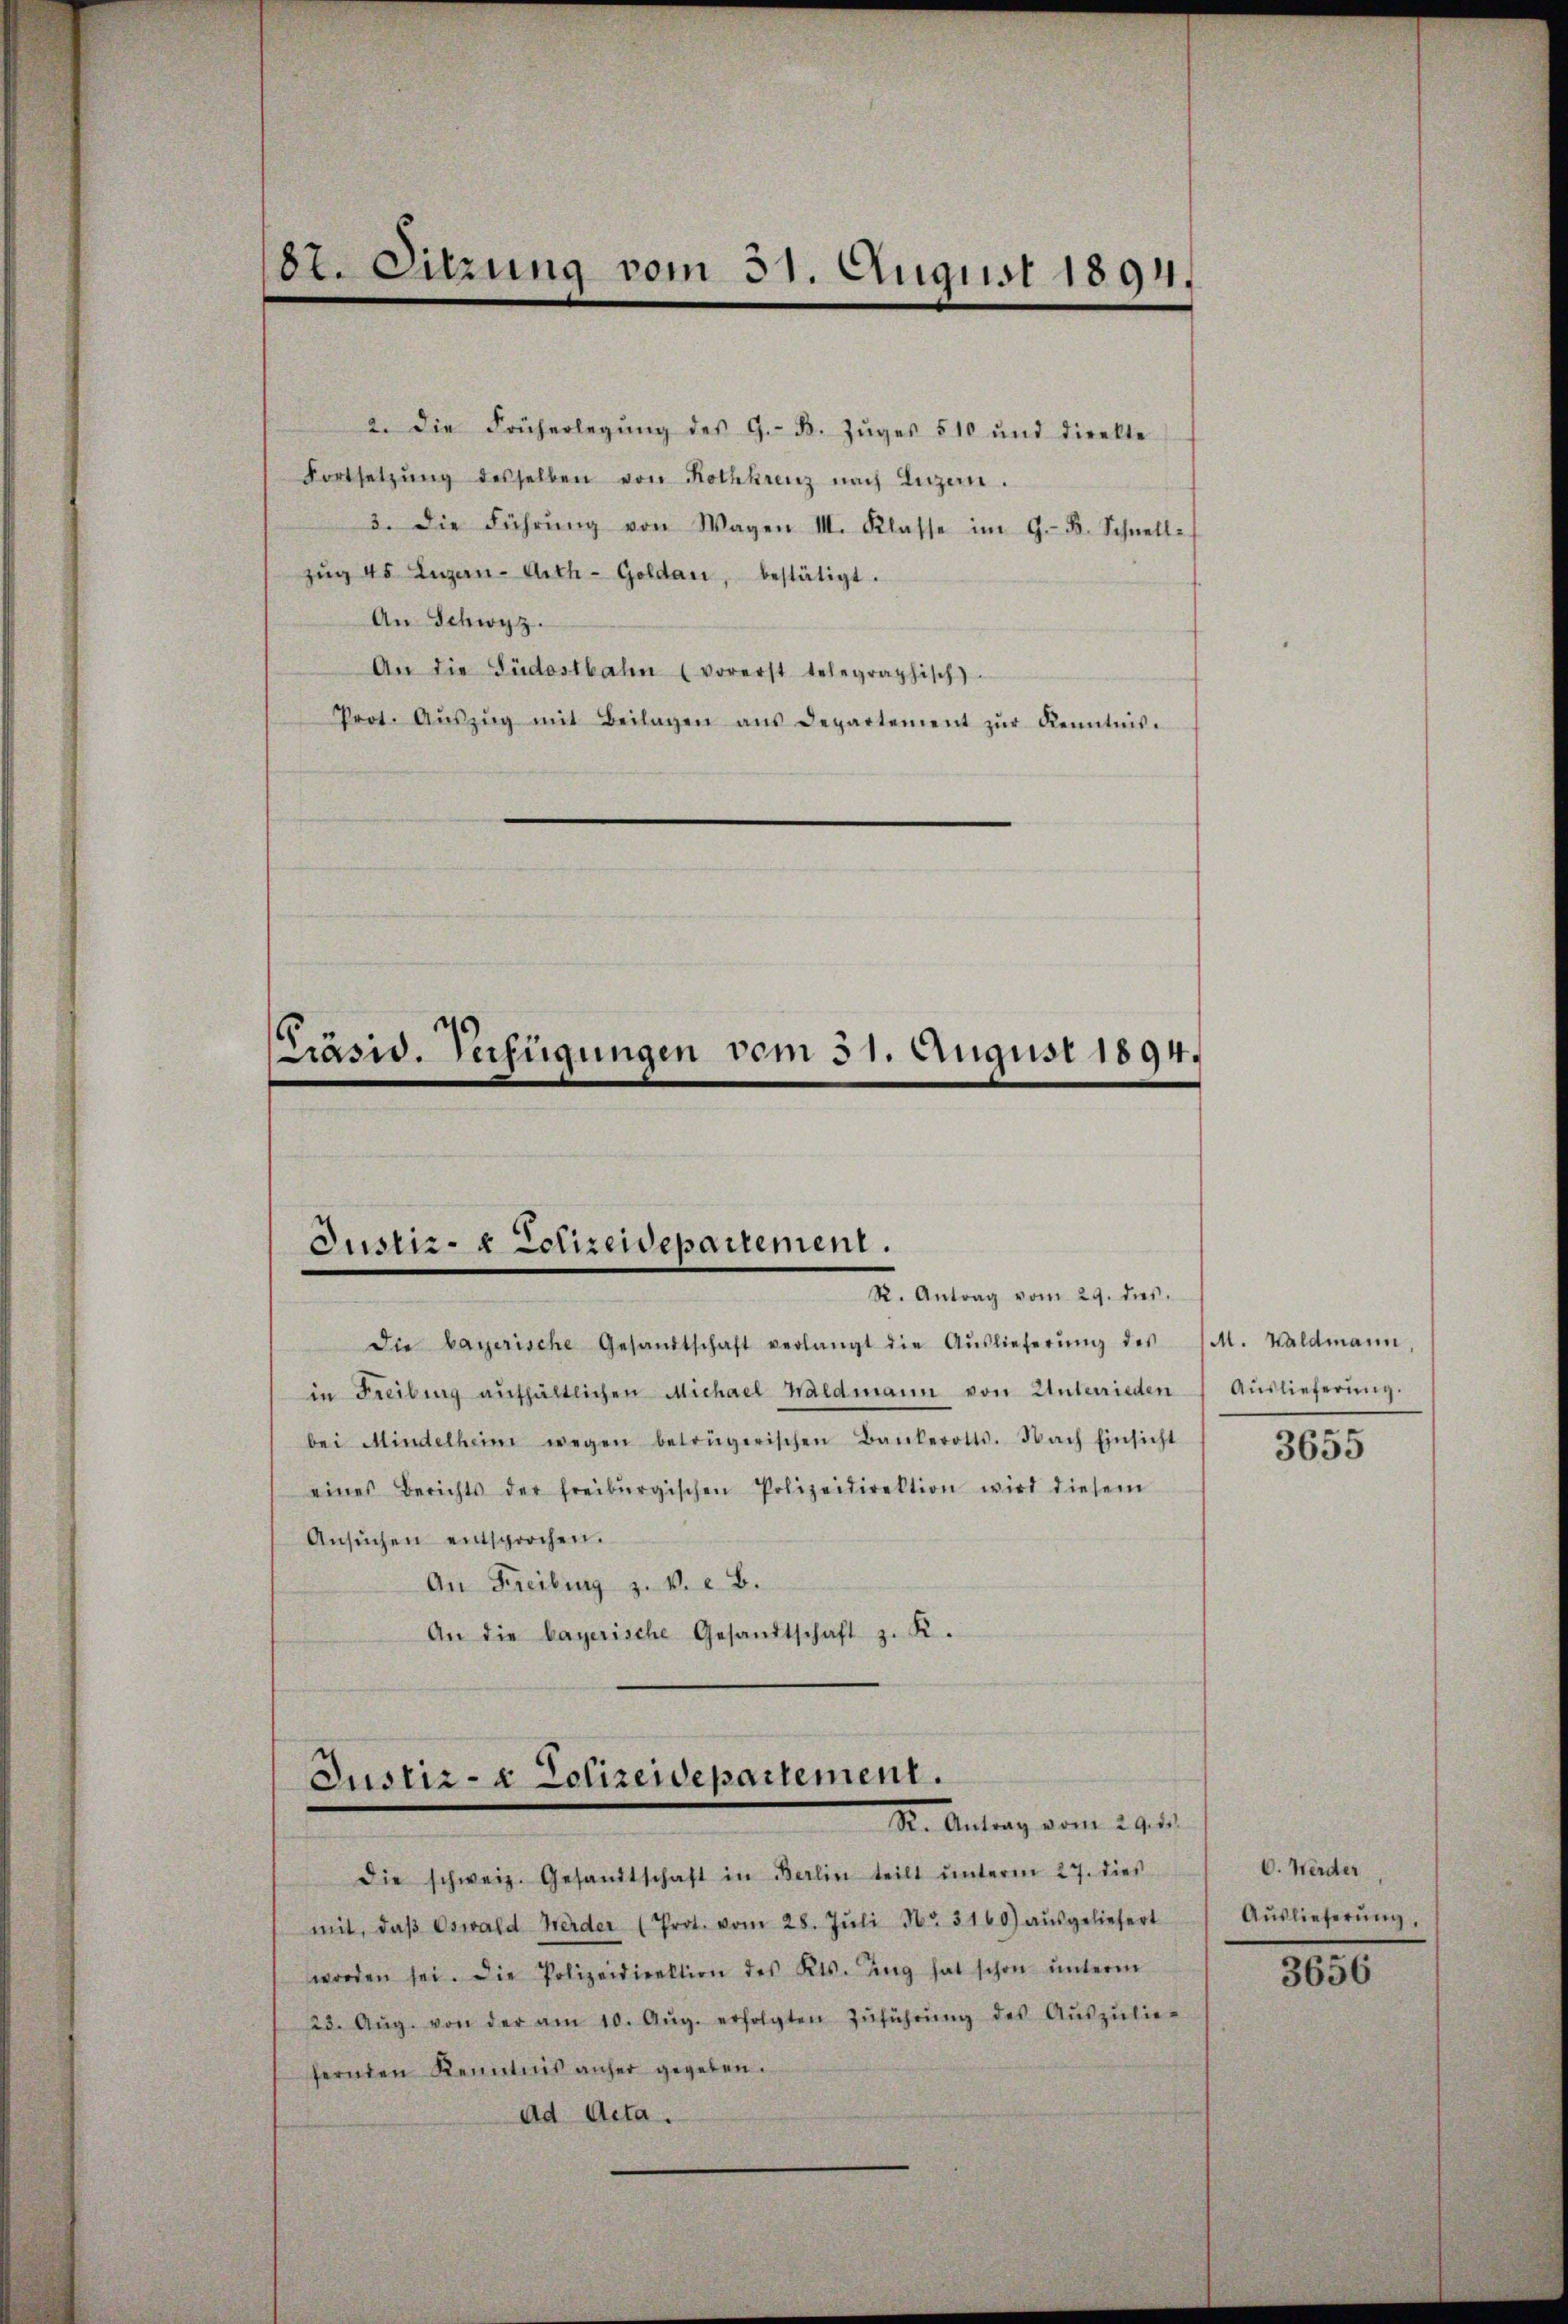
87. Sitzung vom 31. August 1894.

2. Die Früherlegŭng des G. B. Zŭger 510 und direkte
Fortsetzŭng desselben von Rothkrenz nach Luzern.
3. Die Führŭng von Wagen III. Klasse im G. B. Schnelle
zŭg 45 Eugen-Arth-Goldau, bestätigt.
An Schwyz.
An die Südostbahn (vorerst telegraphisch)
Prot. Aŭszŭg mit Beilagen ans Departement zŭr Kenntnis.

Präsid. Verfügungen vom 31. August 1894.

Justiz- & Polizeidepartement.

R. Antrag vom 29. des
die bayerische Gesandtschaft verlangt die Aŭslieferŭng des M. Waldmann,
in Freibung aufhältlichen Michael Waldmann von Unterrieden
bei Mindelheim wegen beträgerischen Bankerotts. Nach Einsicht
eines Berichts der freiburgischen Polizeidirektion wird diesem
Ansŭchen entsprochen.
An Freiburg z. v. a. b.
An die bayerische Gesandtschaft z. K.

Justiz- & Polizeidepartement.
S. Antrag vom 29. de

Auslieferung.
3655

Die schweiz. Gesandtschaft in Berlin teilt ŭnterm 27. dies
mit, daβ Oswald Werder (Prot. vom 28. Jŭli Nr. 3160) aŭsgeliefert
worden sei. Die Polizeidirektion des Kts. Zug hat schon ŭnterm
23. Aŭg. von der am 10. Aŭg. erfolgten Zŭführŭng des Aŭszŭlie-
fernden Kenntnis anher gegeben.
ad Acta.

C. Weider
Auslieferung,
3656